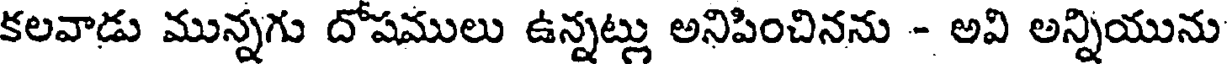
కలవాడు మున్నగు దోషములు ఉన్నట్లు అనిపించినను - అవి అన్నియును